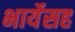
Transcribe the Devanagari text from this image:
भार्येसह